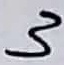
Text: 3